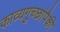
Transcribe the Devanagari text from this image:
काव्यगुच्छांपैकी